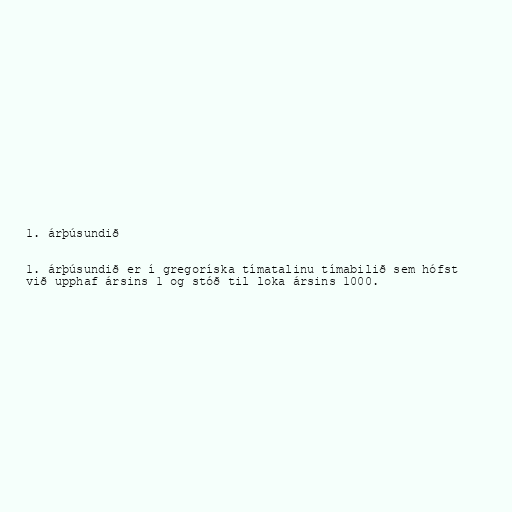
1. árþúsundið

1. árþúsundið er í gregoríska tímatalinu tímabilið sem hófst
við upphaf ársins 1 og stóð til loka ársins 1000.